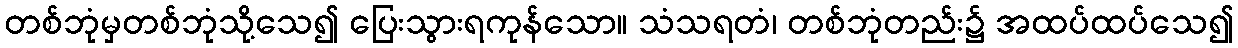
တစ်ဘုံမှတစ်ဘုံသို့သေ၍ ပြေးသွားရကုန်သော။ သံသရတံ၊ တစ်ဘုံတည်း၌ အထပ်ထပ်သေ၍